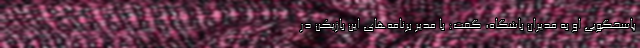
پاسخگویی او به مدیران باشگاه، گفت: با مدیر برنامه‌های این بازیکن در